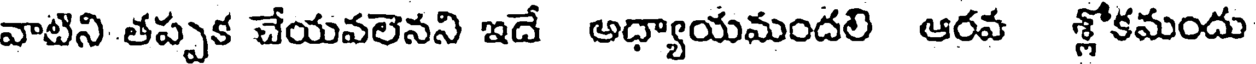
వాటిని తప్పక చేయవలెనని ఇదే అధ్యాయమందలి ఆరవ శ్లోకమందు